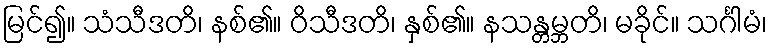
မြင်၍။ သံသီဒတိ၊ နစ်၏။ ဝိသီဒတိ၊ နှစ်၏။ နသန္တမ္ဘတိ၊ မခိုင်။ သင်္ဂါမံ၊